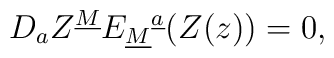
{D}_{a}Z^{\underline M}E_{\underline M}{}^{\underline a}(Z(z))=0,